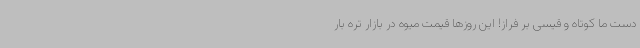
دست ما کوتاه و قیسی بر فراز! این روزها قیمت میوه در بازار تره بار